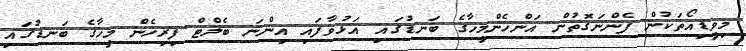
މިވީޑިއޯތަކުން ފެންނަގޮތުން އަންހެންމީހާގެ ބަނޑުގައި އަޅުވާފައި އިންނަ ބެލްޓް ފިރިހެން މީހާގެ ބަނޑުގައި